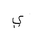
Letter: _ya